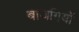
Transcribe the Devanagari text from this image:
बाजगियों